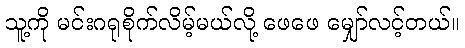
သူ့ကို မင်းဂရုစိုက်လိမ့်မယ်လို့ ဖေဖေ မျှော်လင့်တယ်။